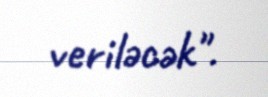
veriləcək".